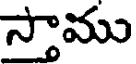
స్తాము